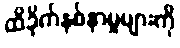
ထိခိုက်နစ်နာမှုများကို